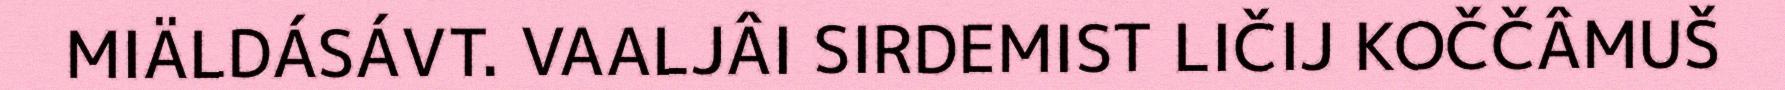
MIÄLDÁSÁVT. VAALJÂI SIRDEMIST LIČIJ KOČČÂMUŠ